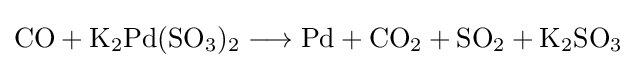
{\mathrm {CO} {}+{}\mathrm {K} {\vphantom {A}}_{\smash[{t}]{2}}\mathrm {Pd} (\mathrm {SO} {\vphantom {A}}_{\smash[{t}]{3}}){\vphantom {A}}_{\smash[{t}]{2}}{}\mathrel {\longrightarrow } {}\mathrm {Pd} {}+{}\mathrm {CO} {\vphantom {A}}_{\smash[{t}]{2}}{}+{}\mathrm {SO} {\vphantom {A}}_{\smash[{t}]{2}}{}+{}\mathrm {K} {\vphantom {A}}_{\smash[{t}]{2}}\mathrm {SO} {\vphantom {A}}_{\smash[{t}]{3}}}